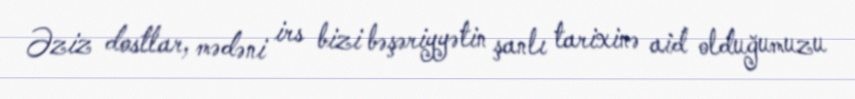
Əziz dostlar, mədəni irs bizi bəşəriyyətin şanlı tarixinə aid olduğumuzu